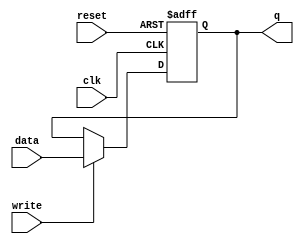
module FlipFlop(
    input clk,
    input reset,
    input data,
    input write,
    output q
);

    reg q;
    
    always @(negedge clk, posedge reset)
        begin
            if (reset == 1'b1)
                q <= 1'b0;
            else if (write == 1'b1)
                q <= data;
        end   
        
    //assign q = q_out;
    
endmodule